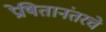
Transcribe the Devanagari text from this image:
प्रेषितानंतरचे